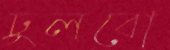
ঢুলবো